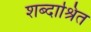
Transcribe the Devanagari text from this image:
शब्दाश्रित